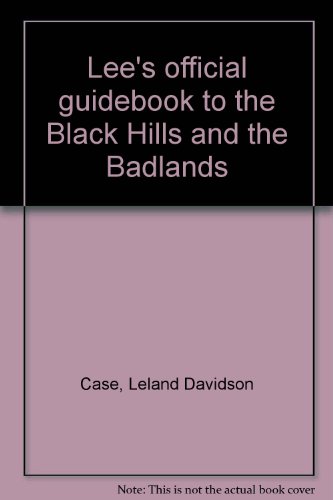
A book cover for Lee's official guidebook to the Black Hills and the Badlands; Leland Davidson Case; Travel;